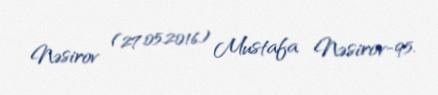
Nəsirov (27.05.2016) Mustafa Nəsirov-95.